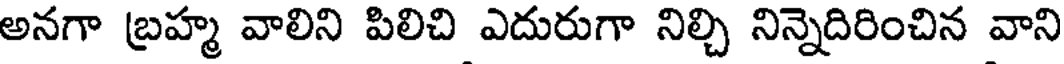
అనగా బ్రహ్మ వాలిని పిలిచి ఎదురుగా నిల్చి నిన్నెదిరించిన వాని